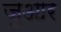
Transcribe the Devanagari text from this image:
जुआर